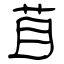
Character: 苜